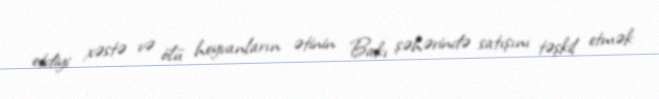
etdiyi xəstə və ölü heyvanların ətinin Bakı şəhərində satışını təşkil etmək